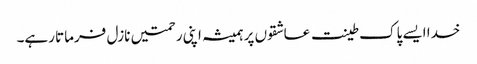
خدا ایسے پاک طینت عاشقوں پر ہمیشہ اپنی رحمتیں نازل فرماتا رہے۔